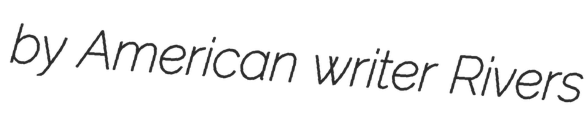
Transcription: by American writer Rivers